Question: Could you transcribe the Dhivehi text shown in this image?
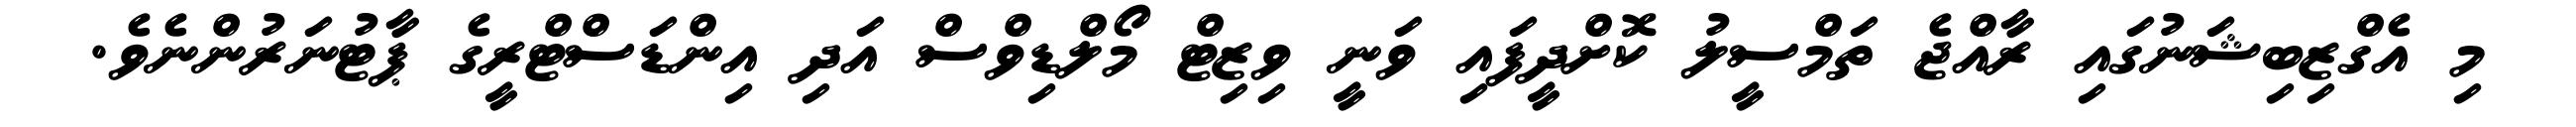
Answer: މި އެގްޒިބިޝަނުގައި ރާއްޖެ ތަމްސީލު ކޮށްދީފައި ވަނީ ވިޒިޓް މޯލްޑިވްސް އަދި އިންޑަސްޓްރީގެ ޕާޓުނަރުންނެވެ.